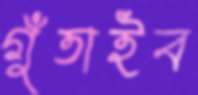
গুঁতাইব